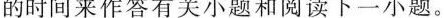
的时间来作答有关小题和阅读下一小题.